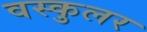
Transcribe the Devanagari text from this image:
वस्कुलर